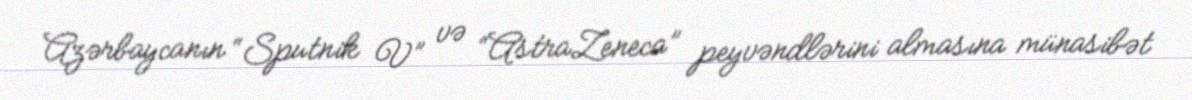
Azərbaycanın “Sputnik V” və “AstraZeneca” peyvəndlərini almasına münasibət